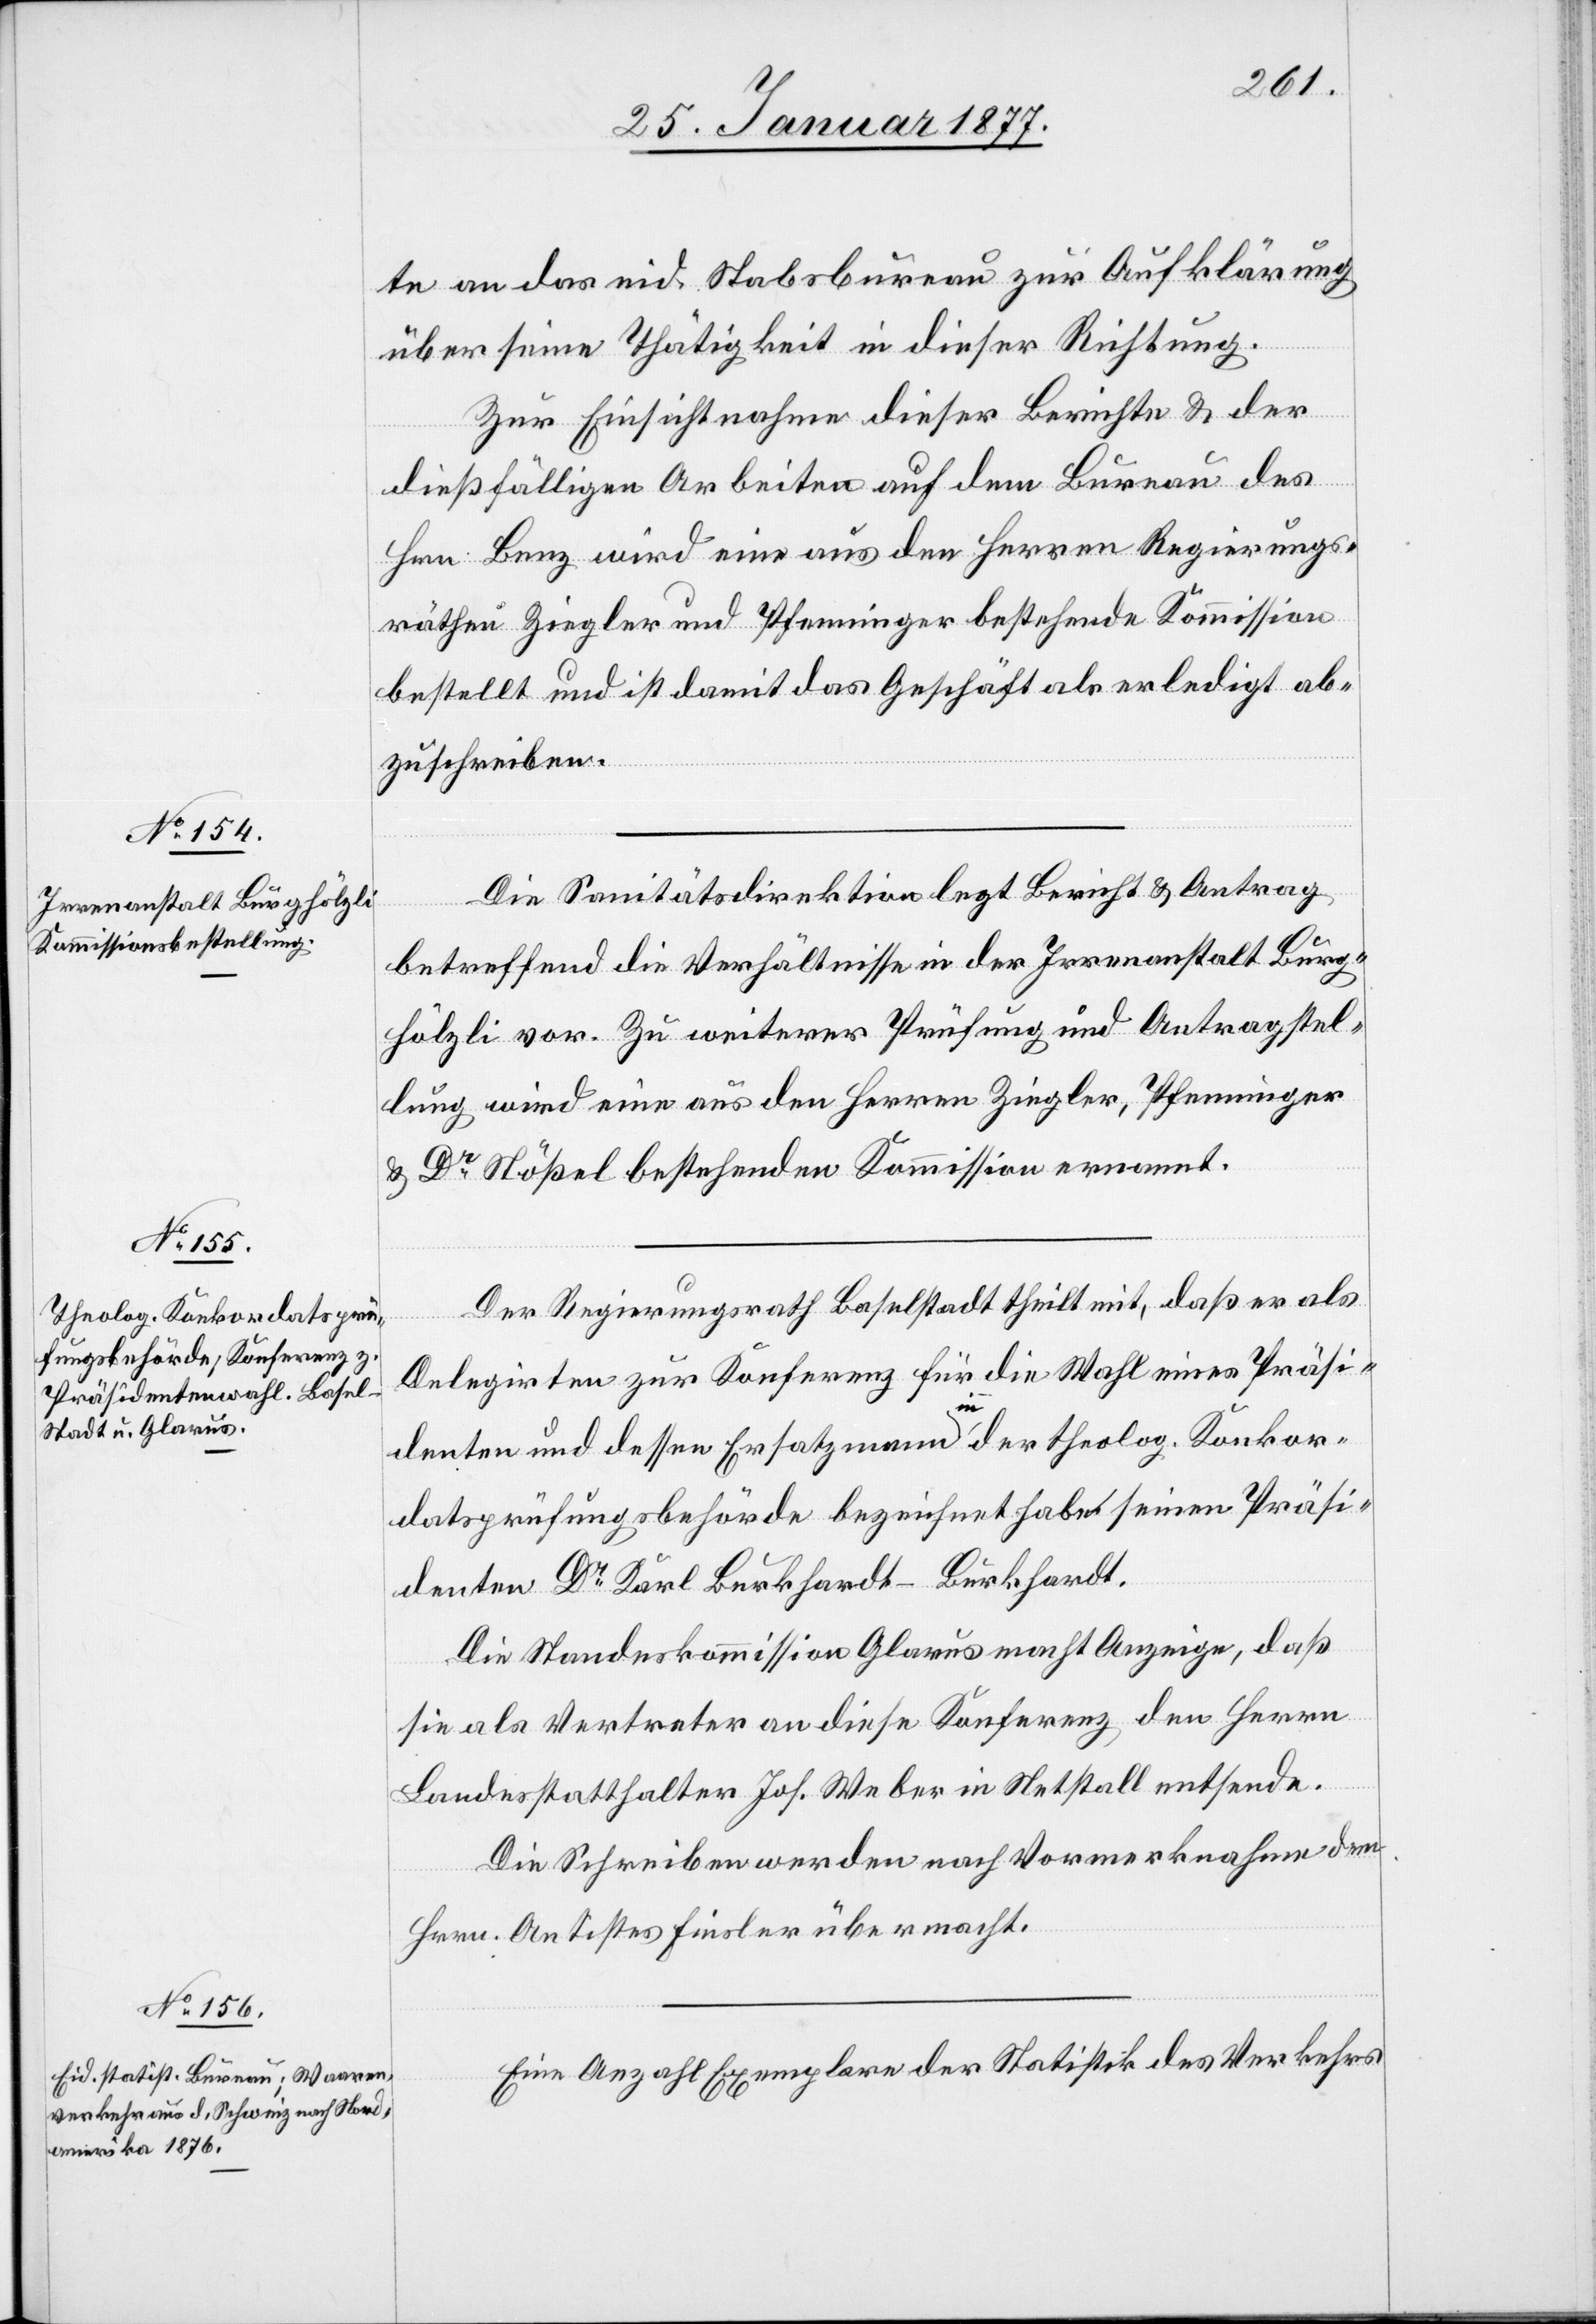
te an das eid. Stabsbureau zur Aufklärung
über seine Thätigkeit in dieser Richtung.
Zur Einsichtnahme dieser Berichte & der
sende.
dießfälligen Arbeiten auf dem Bureau des
Hrn. Benz wird eine aus den Herren Regierungs¬
räthen Ziegler und Pfenninger bestehende Kommission
bestellt und ist damit das Geschäft als erledigt ab¬
zuschreiben.
Die Sanitätsdirektion legt Bericht & Antrag
betreffend die Verhältnisse der Irrenanstalt Burg¬
hölzli vor. Zu weiterer Prüfung und Antragstel¬
lung wird eine aus den Herren Ziegler, Pfenninger
& Dr Stößel bestehenden [sic!] Kommission ernannt.
Der Regierungsrath Baselstadt theilt mit, daß er als
Delegirten zur Konferenz für die Wahl eines Präsi¬
denten und dessen Ersatzmann in der theolog. Konkor¬
danzprüfungsbehörde bezeichnet habe seinen Präsi¬
denten Dr Karl Burkhardt-Burkhardt.
Die Standeskommission Glarus macht Anzeige, daß
sie als Vertreter an diese Konferenz den Herrn
Landesstatthalter Joh. Weber in Netstall [sic!]
Die Schreiben werden nach Vormerknahme dem
Hrrn. Antistes Finsler übermacht.
Eine Anzahl von Exemplaren der Statistik des Verkehrs